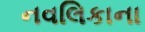
નવલિકાના